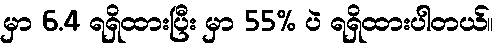
မှာ 6.4 ရရှိထားပြီး မှာ 55% ပဲ ရရှိထားပါတယ်။